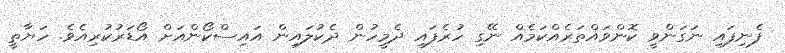
ފެނިފައި ނަގަންވީ ކޮންވައްތަރެއްކަމެއް ނޭގި ހުރެފައި ދެމީހުން ދެކުލައިން އައިސްކޯންއަށް އޯޑަރުކުރިއެވެ. ހަޔާތީ